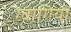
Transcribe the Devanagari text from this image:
ग्वागियो